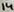
Text: 14